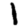
Digit: 1